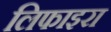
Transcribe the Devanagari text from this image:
लिफाइरा